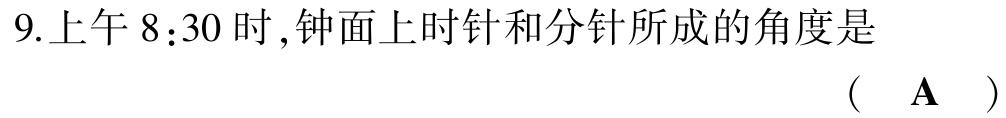
9.上午8:30时,钟面上时针和分针所成的角度是 （  A  ）